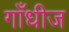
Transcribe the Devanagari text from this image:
गाँधीज